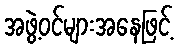
အဖွဲ့ဝင်များအနေဖြင့်